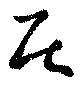
居